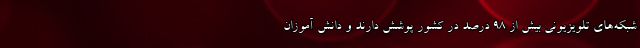
شبکه‌های تلویزیونی بیش از ۹۸ درصد در کشور پوشش دارند و دانش آموزان